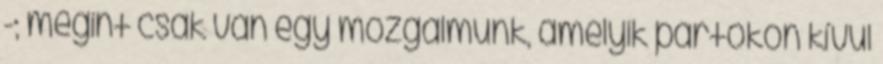
-; megint csak van egy mozgalmunk, amelyik pártokon kívül